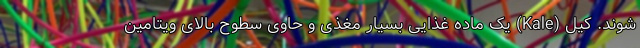
شوند. کیل (Kale) یک ماده غذایی بسیار مغذی و حاوی سطوح بالای ویتامین